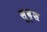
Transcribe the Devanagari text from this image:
सुदृश